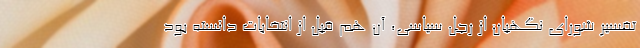
تفسیر شورای نگهبان از رجل سیاسی، آن هم قبل از انتخابات دانسته بود